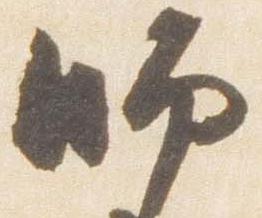
師